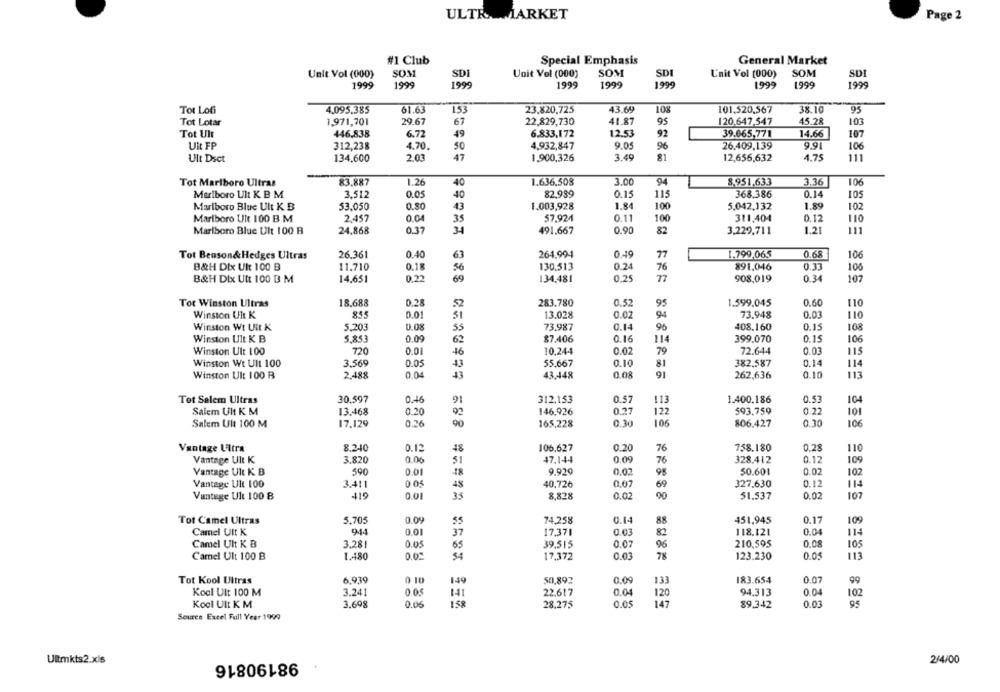
ULTRAMARKET
Page 2
#1 Club
Special Emphasis
General Market
Unit Vol (000)
SOM
SDI
Unit Vol (000)
SOM
SDI
L'nit Vol (000)
SOM
SDI
1999
1999
1999
1999
1999
1999
1999
1999
1999
Tot Lofi
4.095.385
61.63
153
23.820,725
43.69
10%
101,520,567
38.10
95
Tot Lotar
1,971,701
29.67
67
22.829,730
41.87
95
120.647,547
45.28
103
Tot Ult
446,838
6.72
49
6.833,172
12.53
92
39.065,771
14.66
107
Uit FP
312,238
4.70.
4,932,847
9.05
96
26.409,139
9.91
50
106
Ult Dict
134,600
2.03
47
1,900,326
3.49
81
12,656,632
4.75
111
Tot Marlboro Ultras
83.887
1.26
40
1.636,508
3.00
94
8.951,633
3.36
106
Marlboro Ult K B M
3.512
0.05
82.989
0.15
115
368.386
0.14
105
40
Marlboro Blue Ult K B
53.050
0.80
13
1.003,928
1.84
100
5.042,132
1.89
10
Marlboro Uit 100 B M
2.457
0.0
57.924
0.11
100
311,404
0.12
110
0.37
1.21
Marlboro Blue Ult 100 B
24,868
34
491.667
0.90
82
3,229,711
Tot Benson& Hedges Ultras
26.361
0.40
264.994
0.19
77
1.799,065
0.68
106
B&H Dix Uit 100 B
11.710
0.18
130.513
0.24
76
891,046
0.33
106
0.34
B&H Dix Utt 100 B M
14,651
0.22
69
134,481
0.25
77
908.019
107
Tot Winston Ultras
18.688
0.28
283.780
0.52
95
1.599,045
0.60
110
Winston Ult K
855
0.01
13.028
0.02
94
73.948
0.03
110
Winston Wt Uit K
5.203
0.08
73.987
0.14
96
408.160
0.15
108
Winston Ult K B
5.853
0.09
$7.406
0.16
399.070
0.15
106
114
Winston Ult 100
720
0.01
10.244
0.02
79
72.644
0.03
115
Winston Wt Ult 100
3.569
0.05
55,667
0.10
81
16
382,587
0.14
114
0.04
0.08
262,636
0.10
113
Winston Ult 100 B
2.488
43,448
16
Tot Salem Ultras
30.597
0.16
312,153
0.57
113
1.400.186
0.53
104
Salem Ult K M
13.468
0.20
146,926
0.27
122
593,759
0.22
101
17.129
0.26
Salem Ult 100 M
165,228
0.30
106
806.427
0.30
106
Vantage Ultra
8.240
0.12
48
106.627
0.20
76
758.180
0.28
110
Vantage Ult K
3.820
0.06
47.144
0.09
76
328.412
0.12
109
590
0.01
9.929
0.02
98
50.601
0.02
102
Vantage Ult K B
Vantage Ult 100
3.411
0 05
48
40.726
0.07
69
327,630
0.12
114
Vantege Ult 100 B
419
0.01
35
8,828
0.02
00
51.537
0.02
107
5.705
0.09
74,258
0.17
109
Tot Camel Ultras
55
0.14
88
451,945
Camel Ult K
944
0.01
37
17,371
0.03
82
118.121
0.04
114
Camel Ult K B
3.28
0.05
65
39.515
0.07
96
210,595
0.08
105
Camel Ult 100 B
1.480
0.02
54
17,372
0.03
78
123.230
0.05
113
Tot Kool Ultras
6.939
0 10
149
50,892
0.09
133
183.654
0.07
99
Kool Ult 100 M
3.241
0.05
141
22.617
0.04
120
94.313
0.04
102
Kool Ult K M
3.698
0.06
1.58
28.275
0.05
147
89.342
0.03
Source Excel Full Year 1999
98190816
Ultmkts2.xls
2/4/00